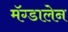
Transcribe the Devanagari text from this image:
मॅग्डालेन